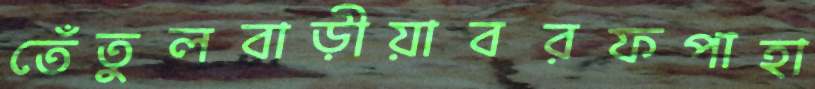
তেঁতুলবাড়ীয়াবরফপাহা